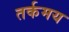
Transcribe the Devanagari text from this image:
तर्कमय